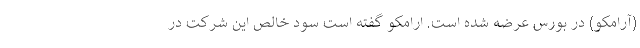
(آرامکو) در بورس عرضه شده است. ارامکو گفته است سود خالص این شرکت در